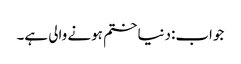
جواب:دنیا ختم ہونے والی ہے۔